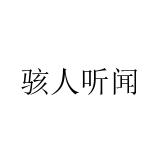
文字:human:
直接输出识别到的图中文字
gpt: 骇人听闻